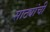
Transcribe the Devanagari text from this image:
साठ्यांची